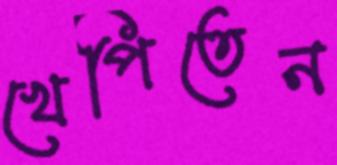
খেপিতেন